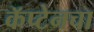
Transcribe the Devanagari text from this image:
कॅप्टेनचा